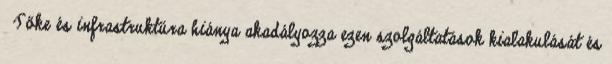
▪Tőke és infrastruktúra hiánya akadályozza ezen szolgáltatások kialakulását és